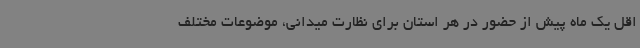
اقل یک ماه پیش از حضور در هر استان برای نظارت میدانی، موضوعات مختلف